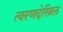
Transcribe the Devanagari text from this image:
त्वरणदेखिल